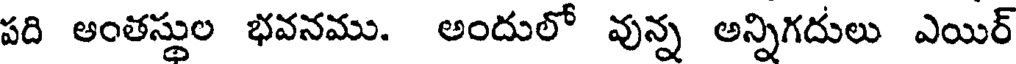
పది ఆంతస్థుల భవనము. అందులో వున్న అన్నిగదులు ఎయిర్